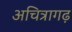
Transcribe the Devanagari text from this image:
अचित्रागढ़